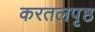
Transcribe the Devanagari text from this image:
करतलपृष्ठ